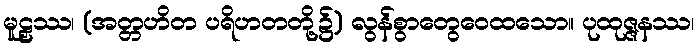
မူဠှဿ၊ (အတ္တဟိတ ပရိဟတတို့၌) လွန်စွာတွေဝေထသော။ ပုထုဇ္ဇနဿ၊